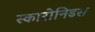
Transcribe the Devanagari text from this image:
स्कारोनिडस